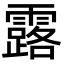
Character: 露